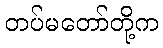
တပ်မတော်တို့က